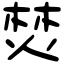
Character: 焚